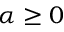
\alpha \geq 0